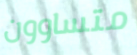
متساوون